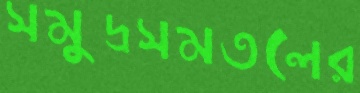
সমুদ্রসমতলের